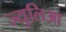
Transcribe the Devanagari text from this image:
ज्युलिआ